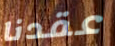
عقدنا